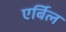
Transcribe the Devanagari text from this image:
एर्बिल